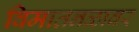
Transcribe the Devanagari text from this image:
विमातनळावर